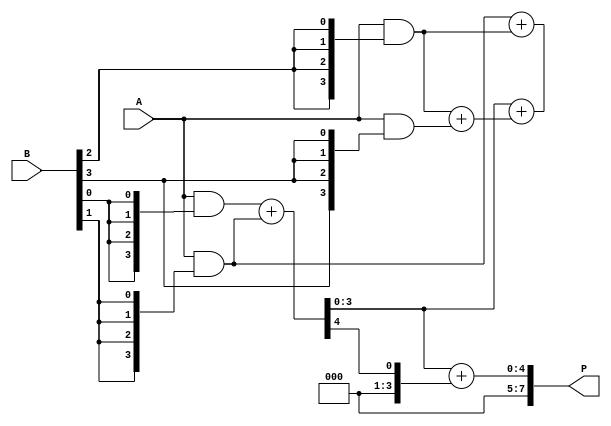
module WallaceTreeMultiplier #(parameter N = 4) (
    input  [N-1:0] A, // N-bit input A
    input  [N-1:0] B, // N-bit input B
    output reg [2*N-1:0] P // 2N-bit output product P
);

    // Partial product generation
    wire [N-1:0] pp [0:N-1]; // Partial products

    genvar i, j;
    generate
        for (i = 0; i < N; i = i + 1) begin : gen_partial_products
            assign pp[i] = A & {N{B[i]}}; // AND each bit of B with A
        end
    endgenerate

    // Wallace Tree reduction
    wire [N-1:0] sum [0:N-1]; // Sums at each stage
    wire [N-1:0] carry [0:N-1]; // Carries at each stage
    wire [N-1:0] temp_sum, temp_carry;

    // Stage 1: Combine partial products using half adders and full adders
    generate
        for (i = 0; i < N-1; i = i + 1) begin : stage1
            if (i % 2 == 0) begin
                assign {carry[i/2], sum[i/2]} = pp[i] + pp[i+1]; // Full adder
            end else begin
                assign {temp_carry, temp_sum} = pp[i] + pp[i+1]; // Half adder
                assign carry[i/2] = temp_carry;
                assign sum[i/2] = temp_sum;
            end
        end
    endgenerate

    // Stage 2: Continue combining sums and carries
    generate
        for (i = 0; i < (N+1)/2; i = i + 1) begin : stage2
            if (i < (N/4)) begin
                assign {carry[i], sum[i]} = sum[2*i] + sum[2*i+1];
            end
        end
    endgenerate

    // Final addition (last stage)
    always @(*) begin
        P = 0; // Initialize product
        // Combine final results
        P = sum[0] + carry[0]; // Final sum of last stage
    end

endmodule